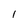
Character: l